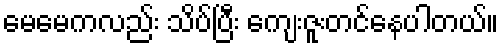
မေမေကလည်း သိပ်ပြီး ကျေးဇူးတင်နေပါတယ်။